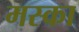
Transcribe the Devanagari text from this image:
मस्का